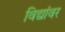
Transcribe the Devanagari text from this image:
विद्यांवर